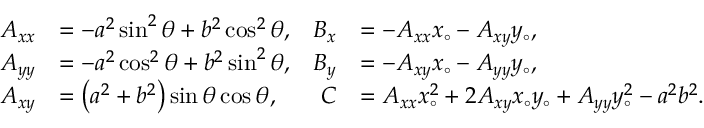
{ \begin{array} { r l r l } { A _ { x x } } & { = - a ^ { 2 } \sin ^ { 2 } \theta + b ^ { 2 } \cos ^ { 2 } \theta , } & { B _ { x } } & { = - A _ { x x } x _ { \circ } - A _ { x y } y _ { \circ } , } \\ { A _ { y y } } & { = - a ^ { 2 } \cos ^ { 2 } \theta + b ^ { 2 } \sin ^ { 2 } \theta , } & { B _ { y } } & { = - A _ { x y } x _ { \circ } - A _ { y y } y _ { \circ } , } \\ { A _ { x y } } & { = \left( a ^ { 2 } + b ^ { 2 } \right) \sin \theta \cos \theta , } & { C } & { = A _ { x x } x _ { \circ } ^ { 2 } + 2 A _ { x y } x _ { \circ } y _ { \circ } + A _ { y y } y _ { \circ } ^ { 2 } - a ^ { 2 } b ^ { 2 } . } \end{array} }